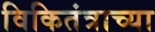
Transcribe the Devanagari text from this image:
विकितंत्राच्या